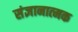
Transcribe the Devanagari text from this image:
संज्ञानात्‍मक